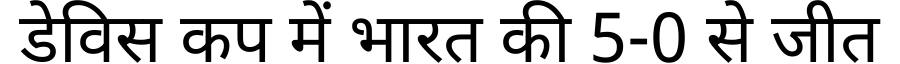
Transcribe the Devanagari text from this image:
डेविस कप में भारत की 5-0 से जीत